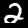
Label: 2